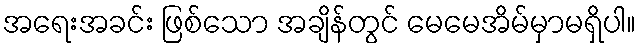
အရေးအခင်း ဖြစ်သော အချိန်တွင် မေမေအိမ်မှာမရှိပါ။